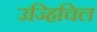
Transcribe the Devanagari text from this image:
उज्हिचिल